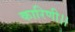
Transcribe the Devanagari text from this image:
कारिणी।।